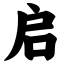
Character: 启